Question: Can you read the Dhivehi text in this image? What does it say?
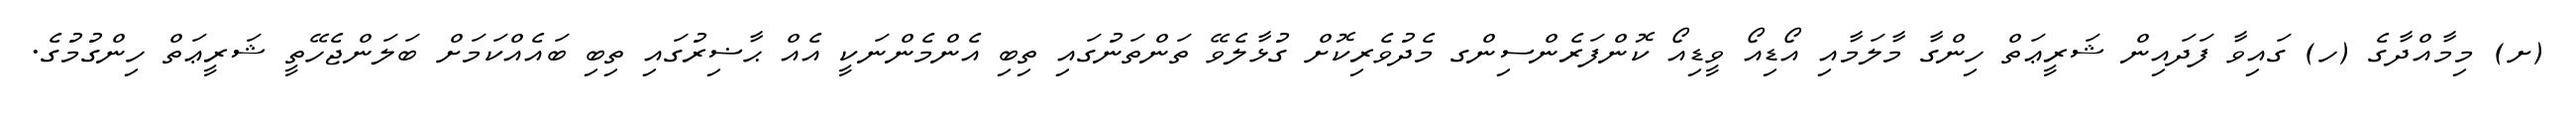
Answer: (ށ) މިމާއްދާގެ (ހ) ގައިވާ ފަދައިން ޝަރީޢަތް ހިންގާ މާލަމާއި އޯޑިއޯ ވީޑިއޯ ކޮންފަރެންސިންގ މެދުވެރިކޮށް ގުޅާލެވޭ ތަންތަނުގައި ތިބި އެންމެންނަކީ އެއް ޙާޟިރުގައި ތިބި ބައެއްކަމަށް ބަލަންޖެހޭތީ ޝަރީޢަތް ހިންގުމުގެ.